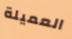
العميلة